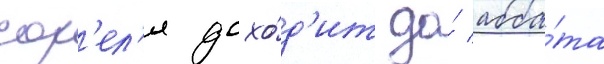
сор'ел'я дохо́д'ит до́ абба́та